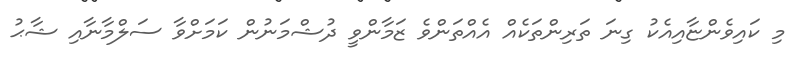
މި ކައިވެންޏާއިއެކު ގިނަ ތަރިންތަކެއް އެއްތަންވެ ޒަމާންވީ ދުޝްމަނުން ކަމަށްވާ ސަލްމާނާއި ޝާޙު